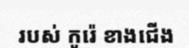
របស់ កូរ៉េ ខាងជើង